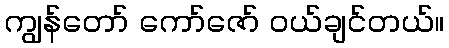
ကျွန်တော် ကော်ဇော် ဝယ်ချင်တယ်။